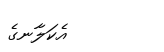
އެކަލާނގެ